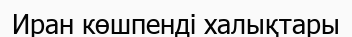
Иран көшпенді халықтары